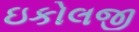
ઇકોલજી